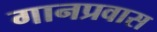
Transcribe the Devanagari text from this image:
गानप्रवास